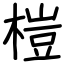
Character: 榿